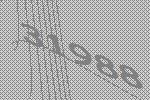
31988